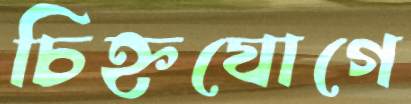
চিহ্নযোগে